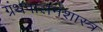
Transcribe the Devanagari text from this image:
ग्रंथपालनशास्त्र